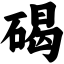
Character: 碣